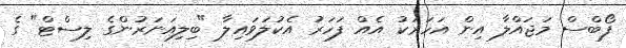
ފޯބްސް މަޖައްލާ އިން އަހަރަކު އެއް ފަހަރު އެކުލަވައިލާ "ބިލިއަނަރުންގެ ލިސްޓް" ގެ